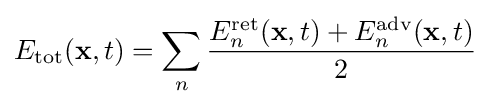
E_{\text{tot}}(\mathbf {x} ,t)=\sum _{n}{\frac {E_{n}^{\text{ret}}(\mathbf {x} ,t)+E_{n}^{\text{adv}}(\mathbf {x} ,t)}{2}}